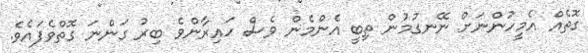
ގޮތެއް އެމީހުންނަށް ނޭނގުމުން ތިބީ އެންމެން ވެސް ހައިރާންވެ ބިރު ގަންނަ ގޮތްވެފައެވެ.